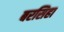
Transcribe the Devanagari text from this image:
बरसिहा